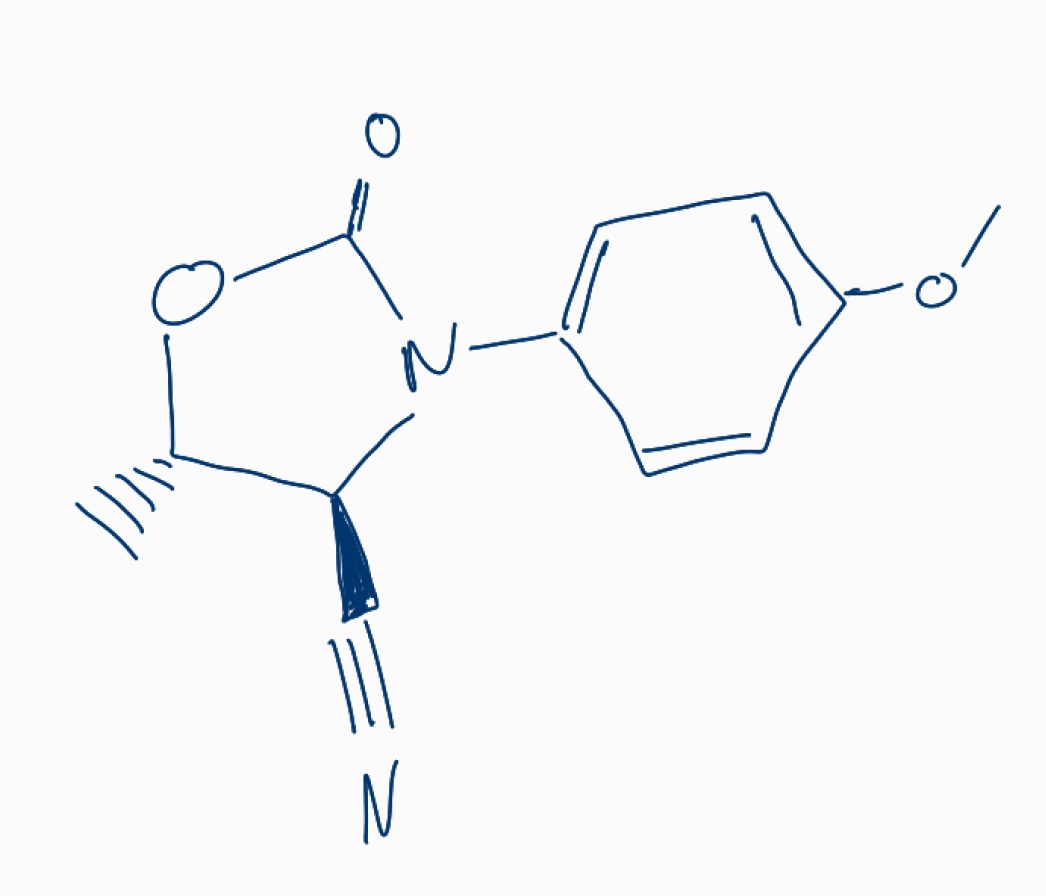
Simplified molecular-input line-entry system (SMILES) notation of the given molecule:
C[C@H]1[C@@H](N(C(=O)O1)C2=CC=C(C=C2)OC)C#N